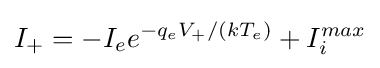
I_{+}=-I_{e}e^{-q_{e}V_{+}/(kT_{e})}+I_{i}^{max}